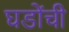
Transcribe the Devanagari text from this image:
घडोंची